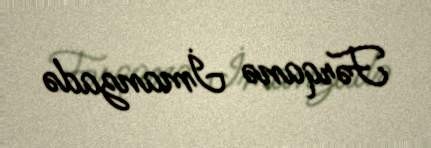
Fərqanə İmanzadə